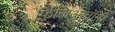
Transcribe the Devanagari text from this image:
फ़िज़िआनॉमी